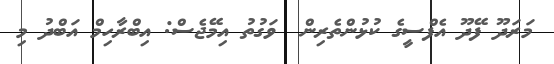
މަރަދޫ ފޭދޫ އެފްސީގެ ކުޅުންތެރިން  ވަގުތު އިމޭޖެސް: އިބްރާހިމް އަބްދު މި